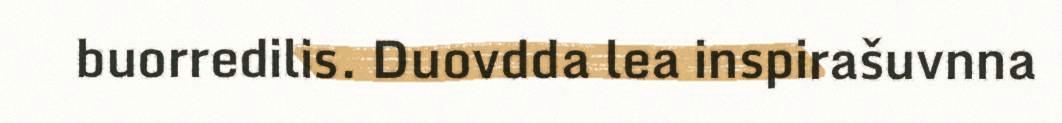
buorredilis. Duovdda lea inspirašuvnna